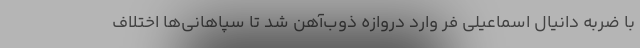
با ضربه دانیال اسماعیلی فر وارد دروازه ذوب‌آهن شد تا سپاهانی‌ها اختلاف